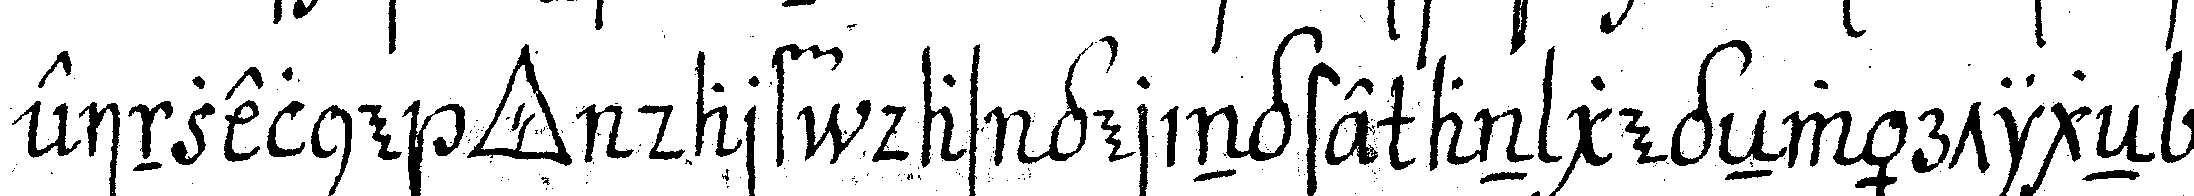
einzelne *tri..* darf das geringste an gegeNwärtigeN